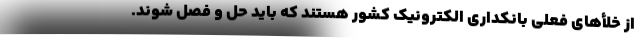
از خلأهای فعلی بانکداری الکترونیک کشور هستند که باید حل و فصل شوند.